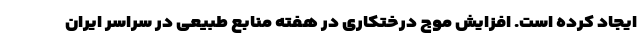
ایجاد کرده است. افزایش موج درختکاری در هفته منابع طبیعی در سراسر ایران